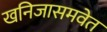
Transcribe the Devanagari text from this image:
खनिजासमवेत